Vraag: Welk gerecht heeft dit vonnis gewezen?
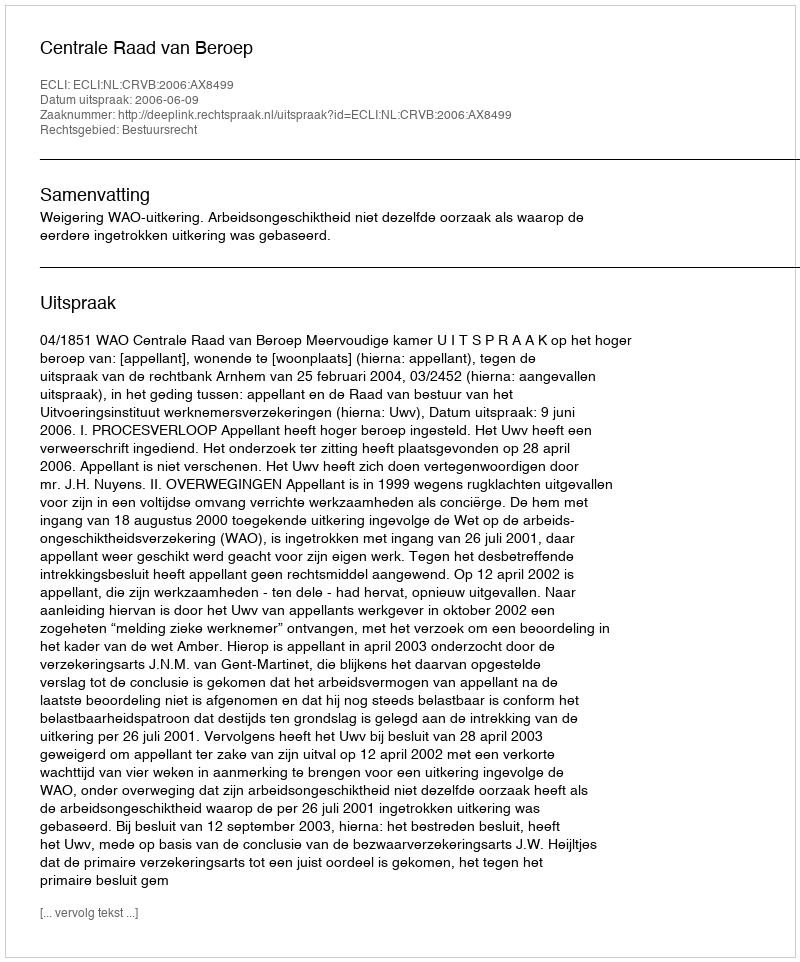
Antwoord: Centrale Raad van Beroep